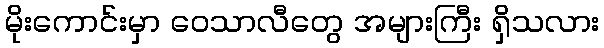
မိုးကောင်းမှာ ဝေသာလီတွေ အများကြီး ရှိသလား